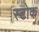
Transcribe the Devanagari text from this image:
स्‍टोक